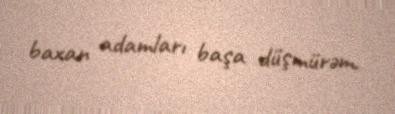
baxan adamları başa düşmürəm.